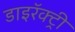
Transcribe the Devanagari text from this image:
डाइरॅक्ट्री